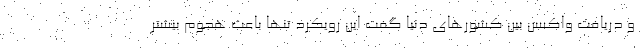
و دریافت واکسن بین کشورهای دنیا گفت این رویکرد تنها باعث هجوم بیشتر